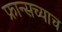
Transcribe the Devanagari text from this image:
फ्रान्सच्याच